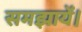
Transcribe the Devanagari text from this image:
समझायें।